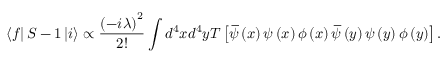
\left\langle f \right\vert S - 1 \left\vert i \right\rangle \propto \frac { \left( - i \lambda \right) ^ { 2 } } { 2 ! } \int d ^ { 4 } x d ^ { 4 } y T \left[ \, \overline { { \! { \psi } } } \left( x \right) \psi \left( x \right) \phi \left( x \right) \, \overline { { \! { \psi } } } \left( y \right) \psi \left( y \right) \phi \left( y \right) \right] .